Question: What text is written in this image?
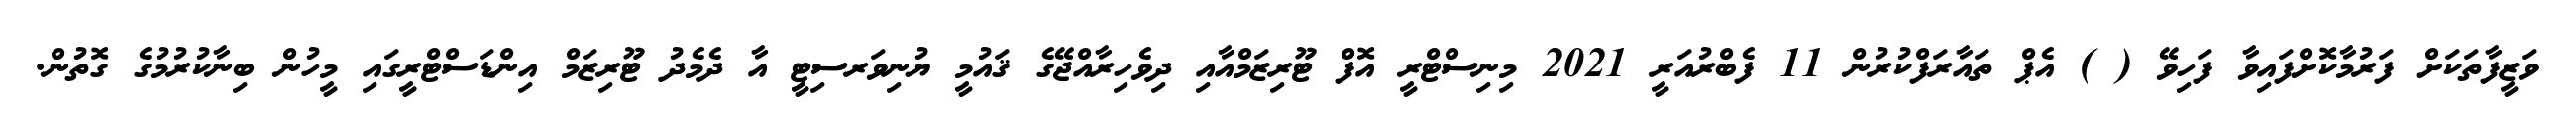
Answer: ވަޒީފާތަކަށް ފަރުމާކޮށްފައިވާ ފަހިވޭ ( ) އެޕް ތައާރަފްކުރުން 11 ފެބްރުއަރީ 2021 މިނިސްޓްރީ އޮފް ޓޫރިޒަމްއާއި ދިވެހިރާއްޖޭގެ ޤައުމީ ޔުނިވަރސިޓީ އާ ދެމެދު ޓޫރިޒަމް އިންޑަސްޓްރީގައި މީހުން ބިނާކުރުމުގެ ގޮތުން.